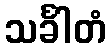
သင်္ခါတံ